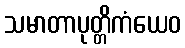
သမာတာပုတ္တိကံယေဝ